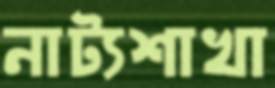
নাট্যশাখা